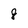
Character: 8